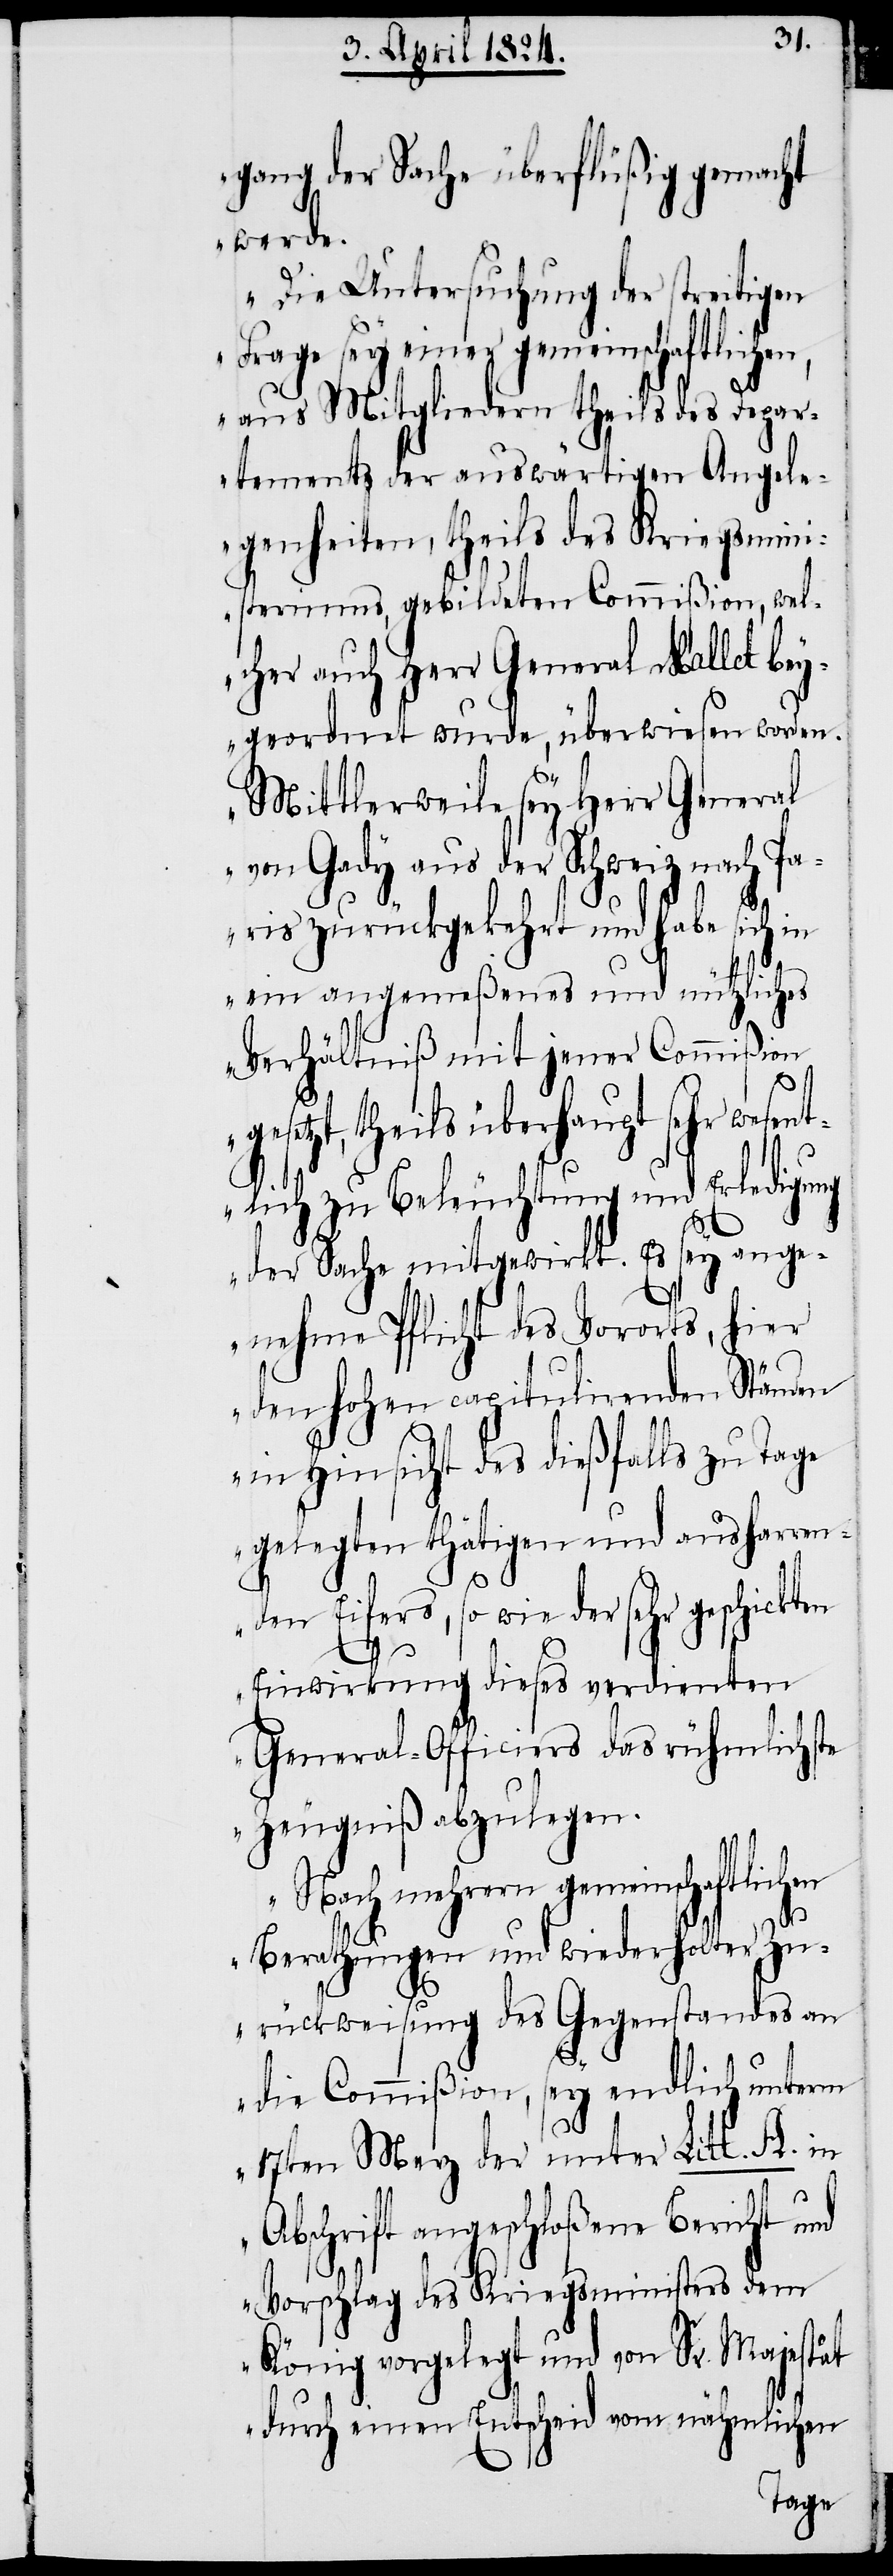
gang der Sache überflüßig gemacht
werde.
Die Untersuchung der streitigen
Frage sey einer gemeinschaftliche¬
aus Mitgliedern theils des Depar¬
tements der auswärtigen Angele¬
genheiten, theils des Kriegsmin¬
isteriums, gebildeten Commißion, wel¬
cher auch Herr General Mallet bey¬
geordnet wurde, überwiesen worden.
Mittlerweile sey Herr General
von Gady aus der Schweiz nach Pa¬
ris zurückgekehrt und habe sich in
ein angemeßenes und nützliches
Verhältniß mit jener Commißion
gesetzt, theils überhaupt sehr wesent¬
lich zu Beleuchtung und Erledigung
der Sache mitgewirkt. Es sey ange¬
nehme Pflicht des Vororts, hier
den hohen capitulirenden Ständen
in Hinsicht des dießfalls zu Tage
gelegten thätigen und ausharren¬
n,
den Eifers, so wie der sehr
Einwirkung dieses verdienten
General-Officiers das rühmlichste
Zeugniß abzulegen.
mehrern gemeinschaftlichen
Berathungen und wiederholter Zu¬
rückweisung des Gegenstandes an
die Commißion, sey endlich unterm
17ten Merz der unter Litt. A. in
Abschrift angeschloßene Bericht und
Vorschlag des Kriegsministers dem
König vorgelegt und von Sr. Majestät
durch einen Entscheid vom nähmlichen